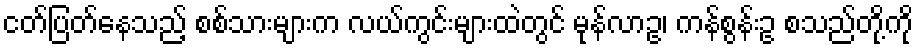
ငတ်ပြတ်နေသည့် စစ်သားများက လယ်ကွင်းများထဲတွင် မုန်လာဥ၊ ကန်စွန်းဥ စသည်တို့ကို